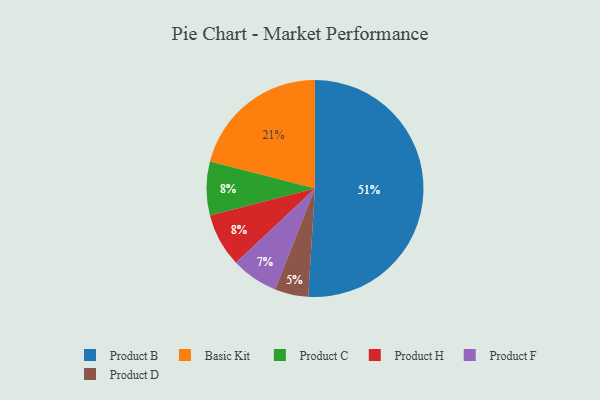
{"axis": {"x": "Category", "y": "Percentage"}, "legend": ["Basic Kit", "Product B", "Product C", "Product D", "Product F", "Product H"], "data": [{"x": "Product D", "y": 5, "type": "Product D"}, {"x": "Product B", "y": 51, "type": "Product B"}, {"x": "Product F", "y": 7, "type": "Product F"}, {"x": "Product C", "y": 8, "type": "Product C"}, {"x": "Product H", "y": 8, "type": "Product H"}, {"x": "Basic Kit", "y": 21, "type": "Basic Kit"}]}